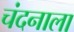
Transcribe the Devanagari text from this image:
चंदनाला